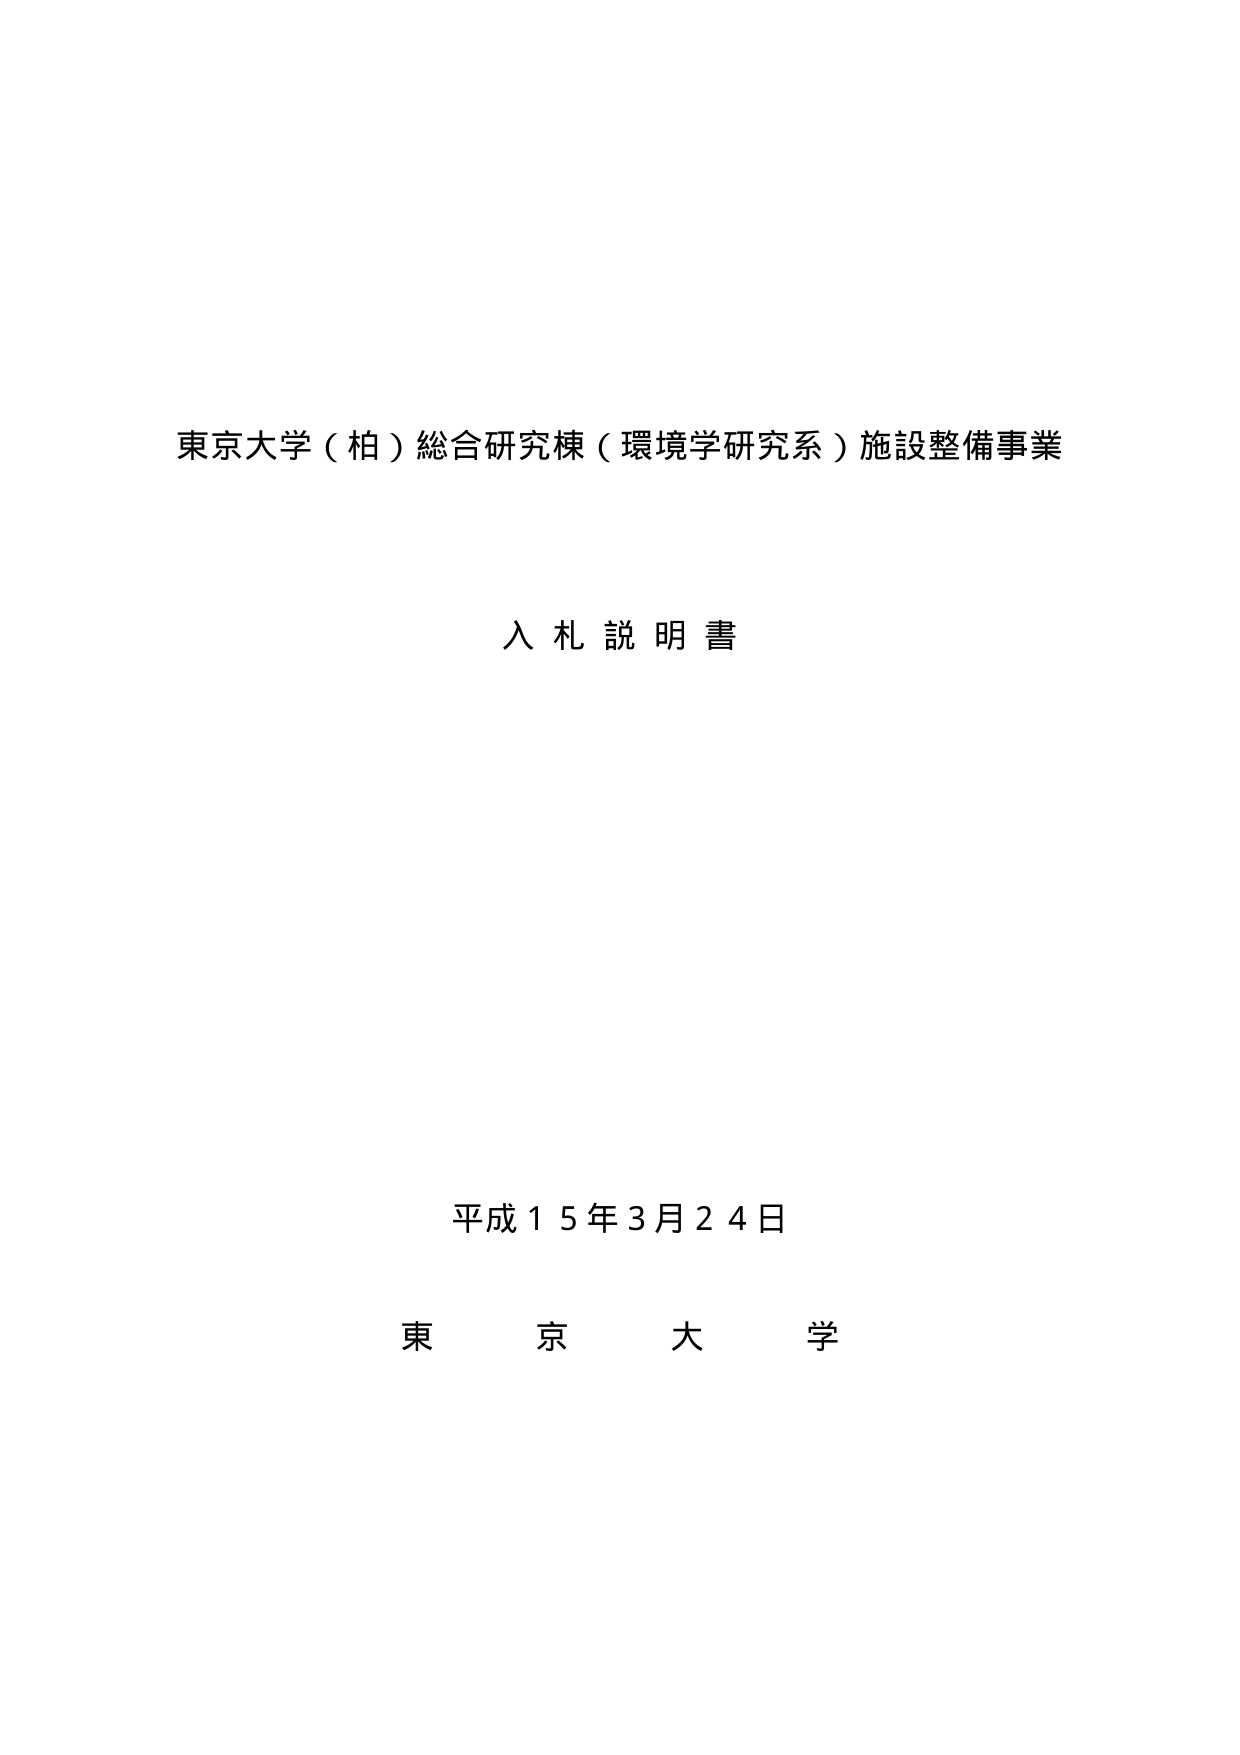
東京大学（柏）総合研究棟（環境学研究系）施設整備事業

入札説明書

平成１５年３月２４日

東京大学